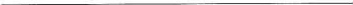
__________________________